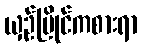
ယှဉ်ပြိုင်ကစားရာ